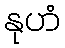
နုဟံ